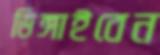
ডিঙ্গাইবেন